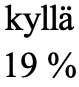
kyllä 19 %